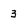
Character: 3